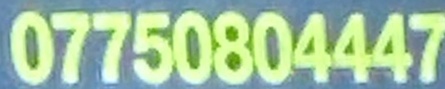
07750804447